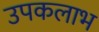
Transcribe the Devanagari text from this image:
उपकलाभ